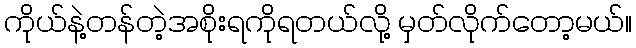
ကိုယ်နဲ့တန်တဲ့အစိုးရကိုရတယ်လို့ မှတ်လိုက်တော့မယ်။